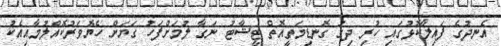
އެނދުގެ ފައިލާކޮޅުގައި ހުރި ދިގު ގޮނޑިމަތީއޮތް ޓީޝާޓު ނަގާ ލުމަށްފަހު ގަޔަށް ހެޔޮވަރުކޮއްލުމާއިއެކު